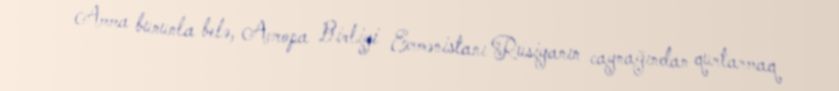
Amma bununla belə, Avropa Birliyi Ermənistanı Rusiyanın caynağından qurtarmaq